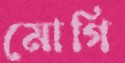
মোগি